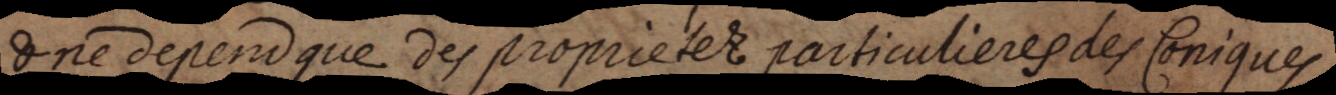
& ne depend que des proprietez particulieres des Coniques